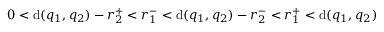
0 < \mathrm { d } ( q _ { 1 } , q _ { 2 } ) - r _ { 2 } ^ { + } < r _ { 1 } ^ { - } < \mathrm { d } ( q _ { 1 } , q _ { 2 } ) - r _ { 2 } ^ { - } < r _ { 1 } ^ { + } < \mathrm { d } ( q _ { 1 } , q _ { 2 } )